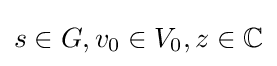
s\in G,v_{0}\in V_{0},z\in \mathbb {C}